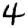
Digit: 4